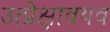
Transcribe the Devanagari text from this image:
उत्प्रेक्षावयव